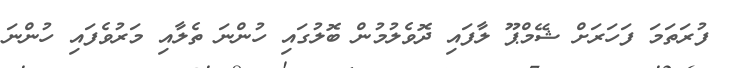
ފުރަތަމަ ފަހަރަށް ޝޭމްޕޫ ލާފައި ދޮވެލުމުން ބޮލުގައި ހުންނަ ތެލާއި މަރުވެފައި ހުންނަ